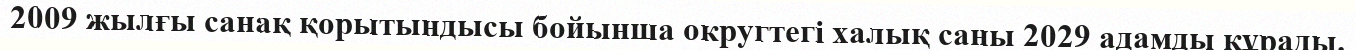
2009 жылғы санақ қорытындысы бойынша округтегі халық саны 2029 адамды құрады.